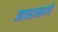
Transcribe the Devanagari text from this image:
झाडामागे